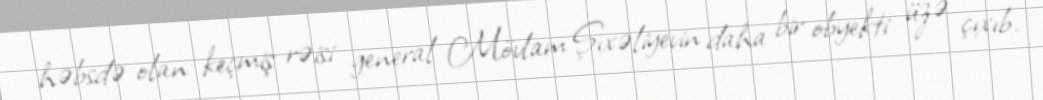
həbsdə olan keçmiş rəisi general Mövlam Şıxəliyevin daha bir obyekti üzə çıxıb.